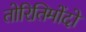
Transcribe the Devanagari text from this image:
तोरितिमोंदो